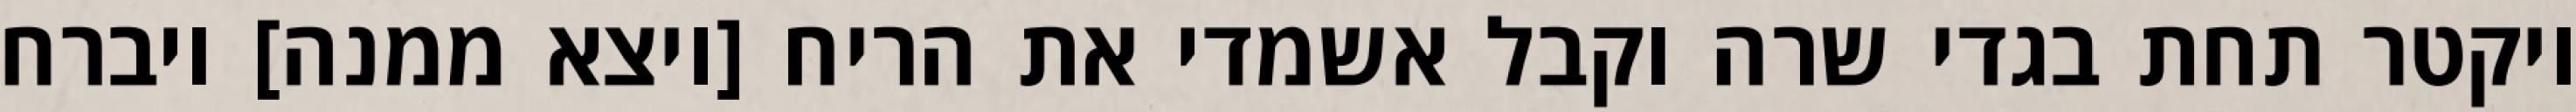
ויקטר תחת בגדי שרה וקבל אשמדי את הריח [ויצא ממנה] ויברח